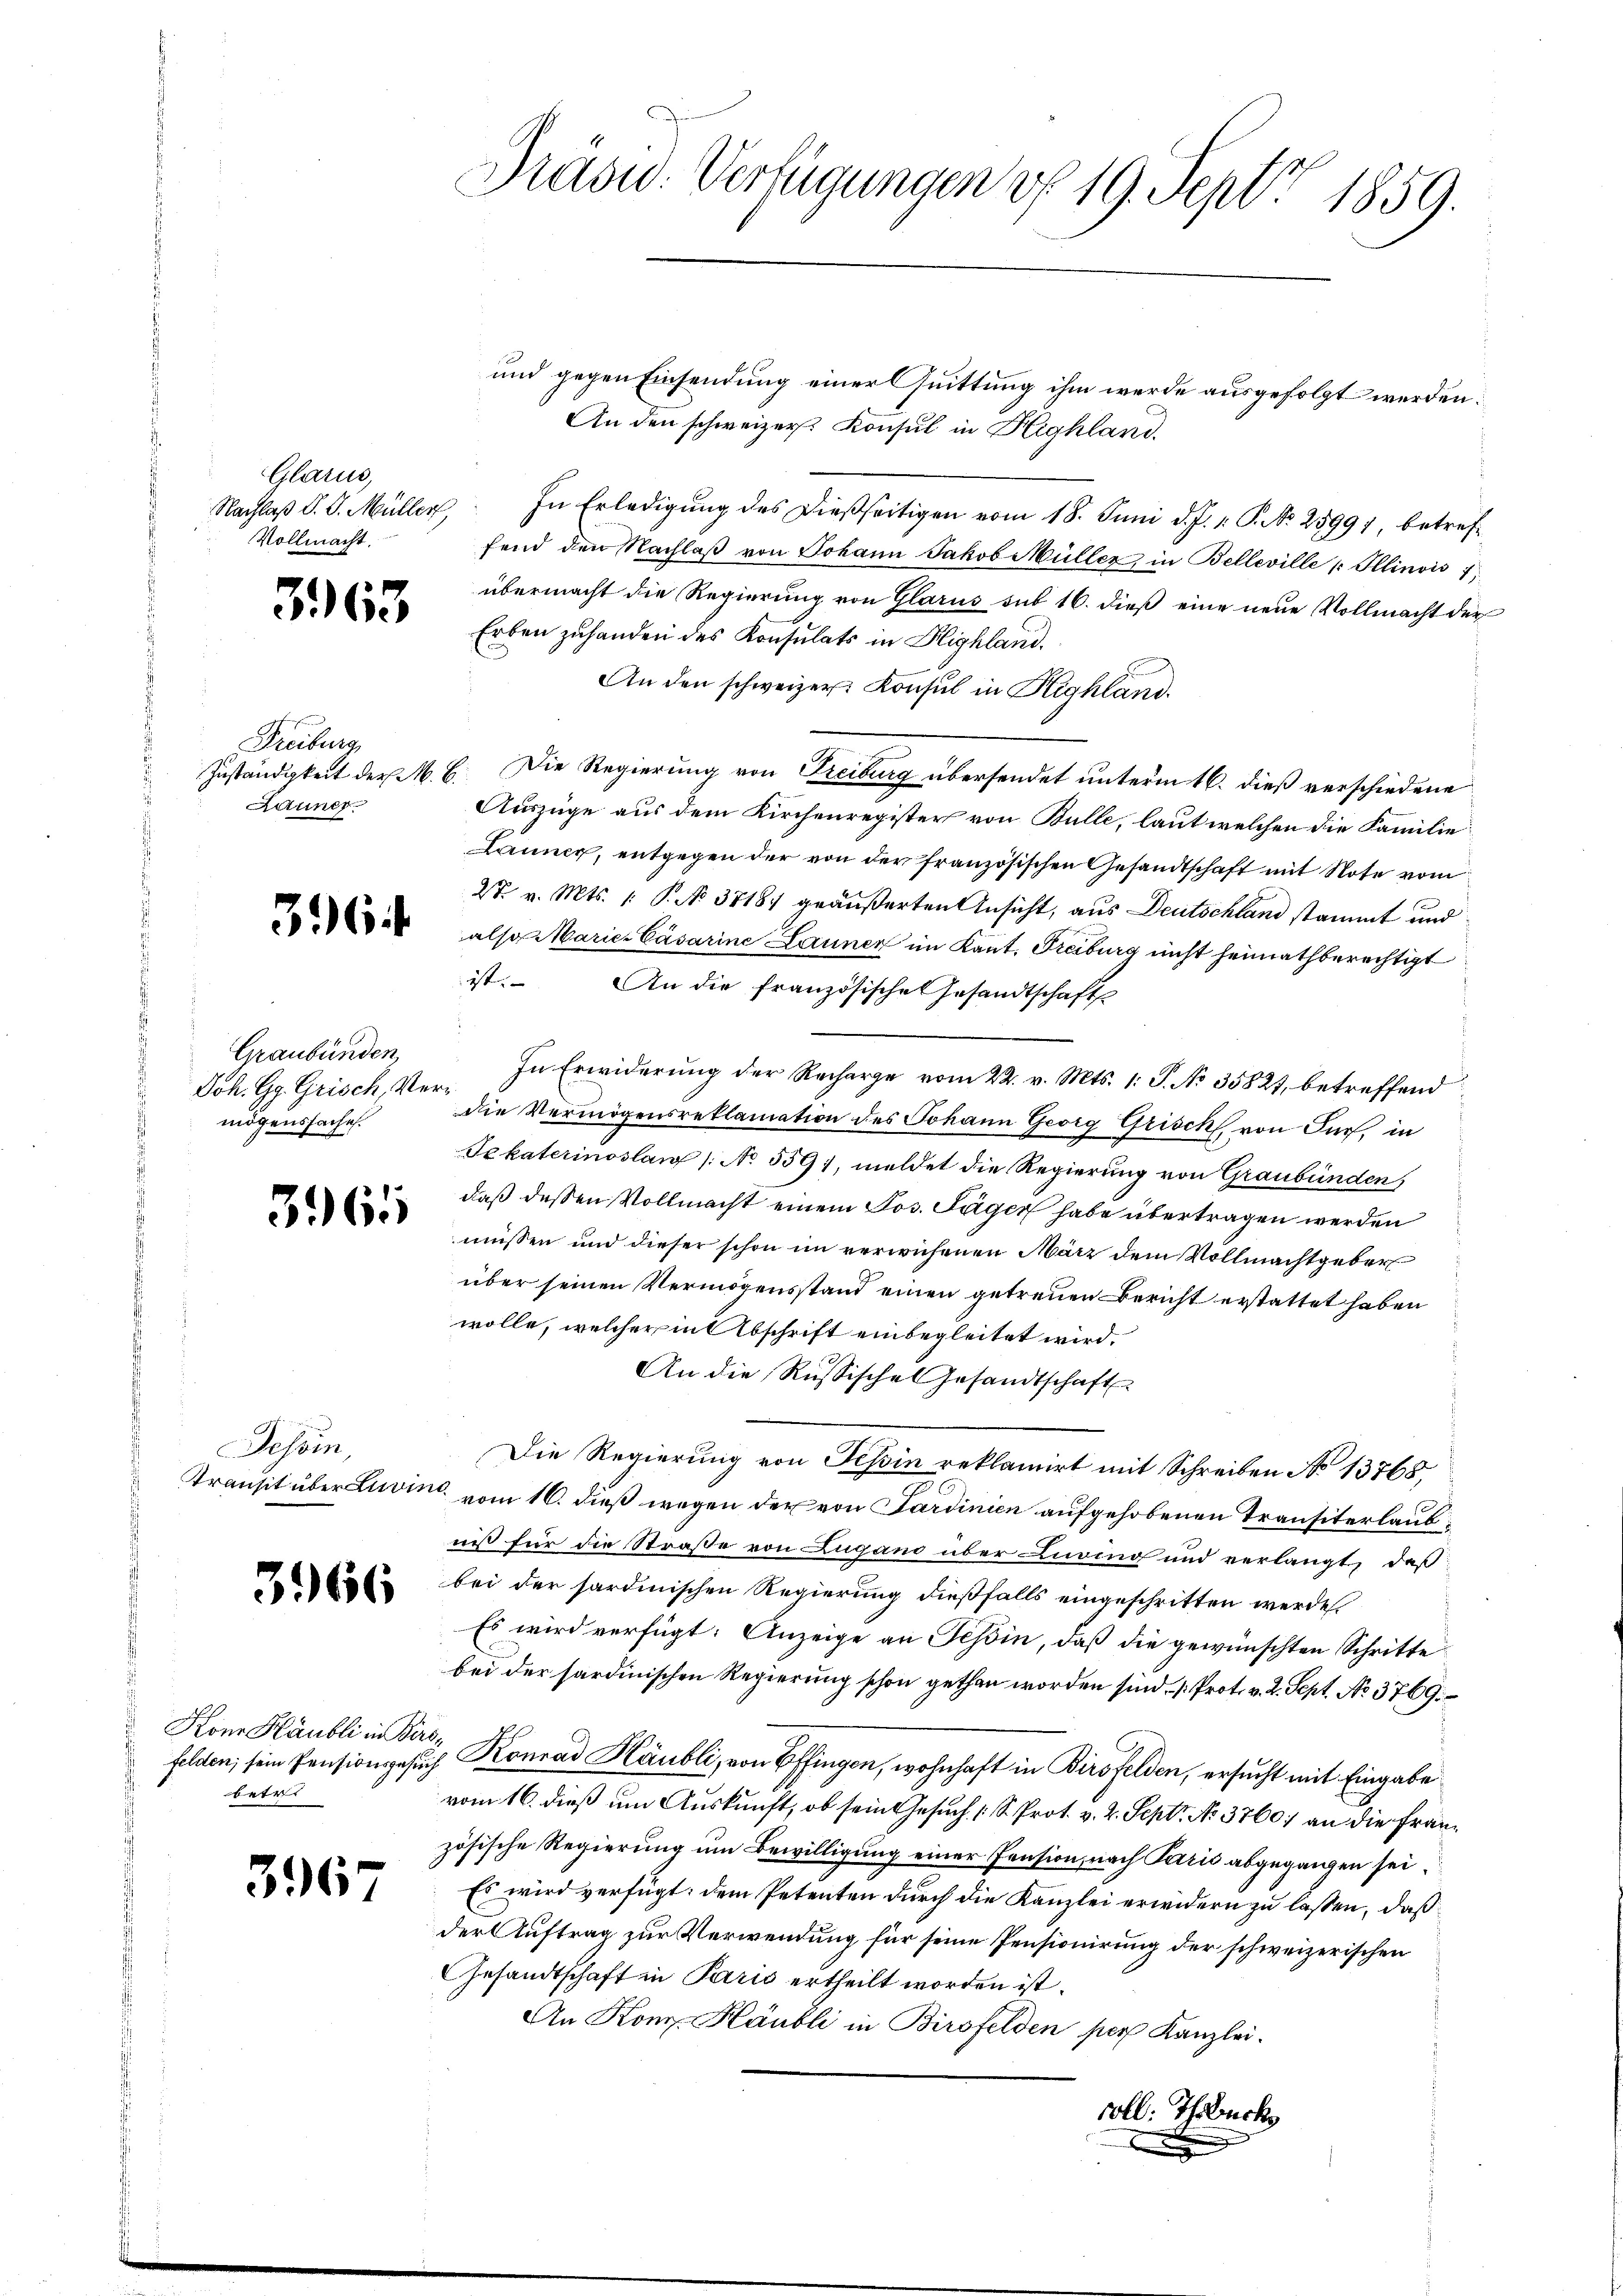
Glarus,
Nachlaß d. J. Müller
Vollmacht.

363

Freiburg,
Launer

316

Graubünden,
Joh. Gg. Grisch, Vermögenssache.

361

Tessin,

3966

Köne Häubli in Ver
veter

3967

Präsid. Verfügungen d. 19. Sept 1859.

und gegen Einsendung einer Quittung ihm werde ausgefolgt werden:
An den schweizer Konsul in Highland.
In Erledigung des dießseitigen vom 18. Juni d. J. v. P. No 25991, betreffend den Nachlaβ von Johann Jakob Müller in Belleville Ellinois 1
übermacht die Regierung von Glarus sub 16. dieß eine neue Vollmacht der
Erben zuhanden des Konsulats in Blighland.
An den schweizer. Konsul in Highland.
Zuständigkeit der M. E. Die Regierung von Freiburg übersendet unterm 16. dieß verschiedene
Auszüge aus dem Kirchenregister von Bulle, laut welchen die Familie
Launer, entgegen der von der französischen Gesandtschaft mit Note vom
27. v. Mts. (: P. No. 3718/ geäußerten Ansicht, aus Deutschland stammt und
also Marie- Cäsarine Launer im Kant. Freiburg nicht heimathberechtigt
ist. |
An die französische Gesandtschaft
In Erwiderŭng der Recharge vom 22. v. Mts. 1. P. No. 35827, betreffend
die Vermögensreklamation des Johann Georg Grisch, von Furf, in
Tekaterinoslaw /: No 559, meldet die Regierung von Graubünden,
daß dessen Vollmacht einem Jos. Sager habe übertragen werden
müssen und dieser schon im verwichenen März dem Vollmachtgeber
über seinen Vermögensstand einen getreuen Bericht erstattet haben
wolle, welcherint Abschrift einbegleitet wird.
An die Russische Gesandtschaft
Die Regierung von Tessin reklamirt mit Schreiben No 13768
Transit über Luino vom 16. dieß wegen der von Sardinien aufgehobenen Transiterlaubniß für die Straße von Zugand über Living und verlangt, daß
bei der sardinischen Regierung dießfalls eingeschritten werden.
Es wird verfügt: Anzeige an Tessin, daß die gewünschten Schritte
bei der sardinischen Regierung schon gethan worden sind Prot. v. 2. Sept. No. 3769.
26
felden, sein Pensionsgesuch Konrad Häubli, von Effingen, wohnhaft in Birsfelden, ersucht mit Eingabe
vom 16. dieß um Auskunft, ob sein Gesuch [S. Prot. v. 2. Sept No. 3760; an die Französische Regierung um Bewilligung einer Pension, nach Paris abgegangen sei.
Es wird verfügt: dem Petenten durch die Kanzlei erwidern zu lassen, daß
der Auftrag zur Verwendung für seine Pensionirung der schweizerischen
Gesandtschaft in Paris ertheilt worden ist.
An Kong. Häubli in Birsfelden per Kanzlei.
voll. Thuck